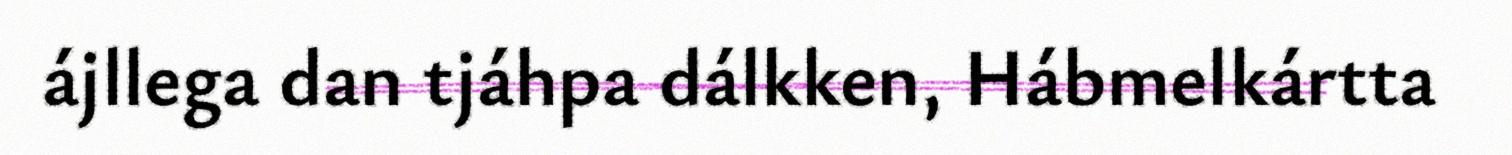
ájllega dan tjáhpa dálkken, Hábmelkártta